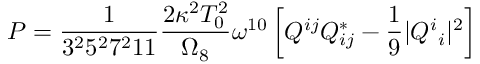
P = \frac { 1 } { 3 ^ { 2 } 5 ^ { 2 } 7 ^ { 2 } 1 1 } \frac { 2 \kappa ^ { 2 } T _ { 0 } ^ { 2 } } { \Omega _ { 8 } } \omega ^ { 1 0 } \left[ Q ^ { i j } Q _ { i j } ^ { * } - \frac { 1 } { 9 } | Q _ { \ i } ^ { i } | ^ { 2 } \right]